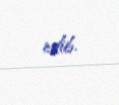
edib.